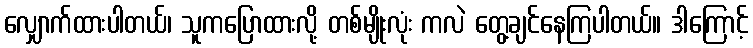
လျှောက်ထားပါတယ်၊ သူကပြောထားလို့ တစ်မျိုးလုံး ကလဲ တွေ့ချင်နေကြပါတယ်။ ဒါကြောင့်